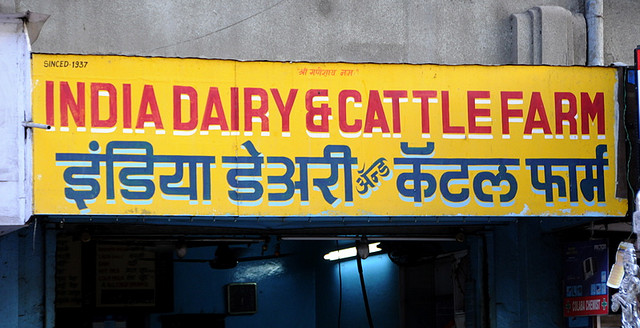
Language: hindi
Transcription: अँन्ड कॅटल फार्म डेअरी इंडिया